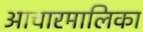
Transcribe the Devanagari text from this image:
आचारमालिका